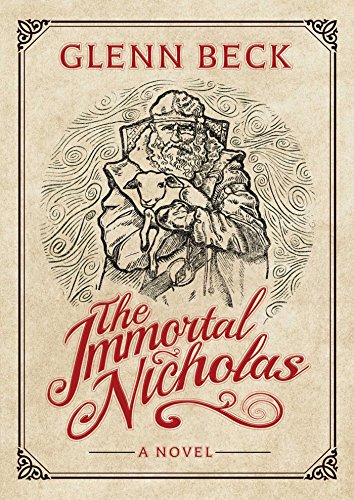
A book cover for The Immortal Nicholas; Glenn Beck; Mystery, Thriller & Suspense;